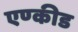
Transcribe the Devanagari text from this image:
एण्कीड